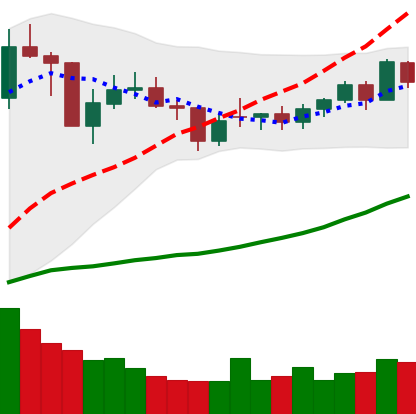
Ticker: NEO-USD
Chart end date: 2021-02-06
Forward return: 46.413%
Label: up_7plus